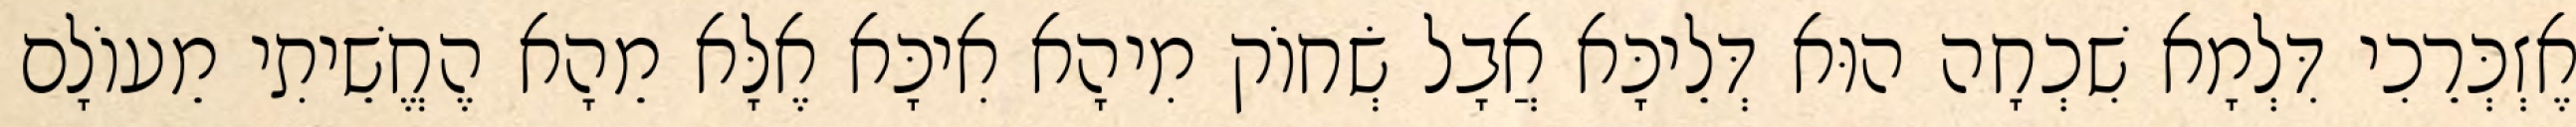
אֶזְכְּרֵכִי דִּלְמָא שִׁכְחָה הוּא דְּלֵיכָּא אֲבָל שְׂחוֹק מִיהָא אִיכָּא אֶלָּא מֵהָא הֶחֱשֵׁיתִי מֵעוֹלָם